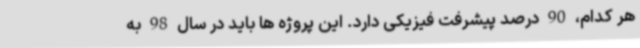
هر کدام، 90 درصد پیشرفت فیزیکی دارد. این پروژه ها باید در سال 98 به